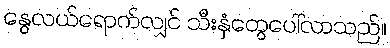
နွေလယ်ရောက်လျှင် သီးနှံတွေပေါ်လာသည်။